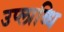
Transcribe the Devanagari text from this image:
उप्लाब्धि